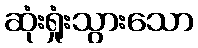
ဆုံးရှုံးသွားသော